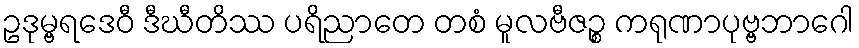
ဥဒုမ္ဗရဒေဝီ ဒီဃီတိဿ ပရိညာတေ တစံ မူလဗီဇဉ္စ ကရုဏာပုဗ္ဗဘာဂေါ